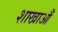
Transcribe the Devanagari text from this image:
शाखाऔं